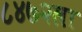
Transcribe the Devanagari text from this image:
८४७२ला